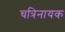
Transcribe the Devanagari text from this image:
चत्रिनायक